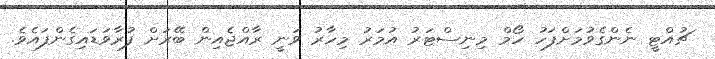
ޗުއްޓީ ނެންގެވުމަށްފަހު ހޯމް މިނިސްޓަރު އުމަރު މިހާރު ވަނީ ރާއްޖެއިން ބޭރަށް ފުރާވަޑައިގެންފައެވެ.